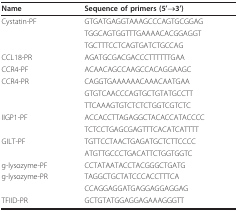
<table><thead><tr><td><b>Name</b></td><td><b>Sequence of primers (5'→3')</b></td></tr></thead><tbody><tr><td>Cystatin-PF</td><td>GTGATGAGGTAAAGCCCAGTGCGGAG</td></tr><tr><td>[EMPTY_CELL]</td><td>TGGCAGTGGTTTGAAAACACGGAGGT</td></tr><tr><td>[EMPTY_CELL]</td><td>TGCTTTCCTCAGTGATCTGCCAG</td></tr><tr><td>CCL18-PR</td><td>AGATGCGACGACCCTTTTTTGAA</td></tr><tr><td>CCR4-PF</td><td>ACAACAGCCAAGCCACAGGAAGC</td></tr><tr><td>CCR4-PR</td><td>CAGGTGAAAAAACAAACAATGAA</td></tr><tr><td>[EMPTY_CELL]</td><td>GTGTCAACCCAGTGCTGTATGCCTT</td></tr><tr><td>[EMPTY_CELL]</td><td>TTCAAAGTGTCTCTCTGGTCGTCTC</td></tr><tr><td>IIGP1-PF</td><td>ACCACCTTAGAGGCTACACCATACCCC</td></tr><tr><td>[EMPTY_CELL]</td><td>TCTCCTGAGCGAGTTTCACATCATTTT</td></tr><tr><td>GILT-PF</td><td>TGTTCCTAACTGAGATGCTCTTCCCC</td></tr><tr><td>[EMPTY_CELL]</td><td>ATGTTGCCCTGACATTCTGGTGGTC</td></tr><tr><td>g-lysozyme-PF</td><td>CCTATAATACCTACGGGCTGATG</td></tr><tr><td>g-lysozyme-PR</td><td>TAGGCTGCTATCCCACCTTTCA</td></tr><tr><td>[EMPTY_CELL]</td><td>CCAGGAGGATGAGGAGGAGGAG</td></tr><tr><td>TFIID-PR</td><td>GCTGTATGGAGGAGAAAGGGTT</td></tr></tbody></table>